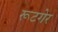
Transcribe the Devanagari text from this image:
रूटगेर